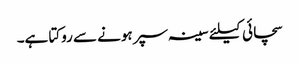
سچائی کیلئے سینہ سپر ہونے سے روکتا ہے۔